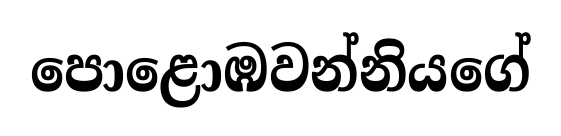
පොළොඹවන්නියගේ